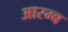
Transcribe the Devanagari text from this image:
आरम्ब